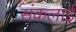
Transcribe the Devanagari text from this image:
संकलाई